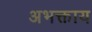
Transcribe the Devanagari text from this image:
अभक्ताय